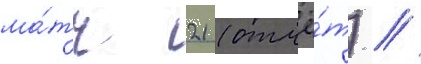
ма́тч 21 (отчё́т) //